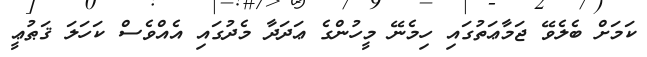
ކަމަށް ބެލެވޭ ޖަމާޢަތުގައި ހިމެނޭ މީހުންގެ ޢަދަދާ މެދުގައި އެއްވެސް ކަހަލަ ޤަޠުޢީ